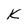
Character: k